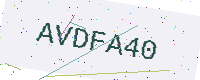
Text: AVDFA40